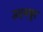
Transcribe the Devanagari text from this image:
उदयथूर